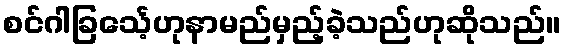
စင်ဂါခြင်္သေ့ဟုနာမည်မှည့်ခဲ့သည်ဟုဆိုသည်။